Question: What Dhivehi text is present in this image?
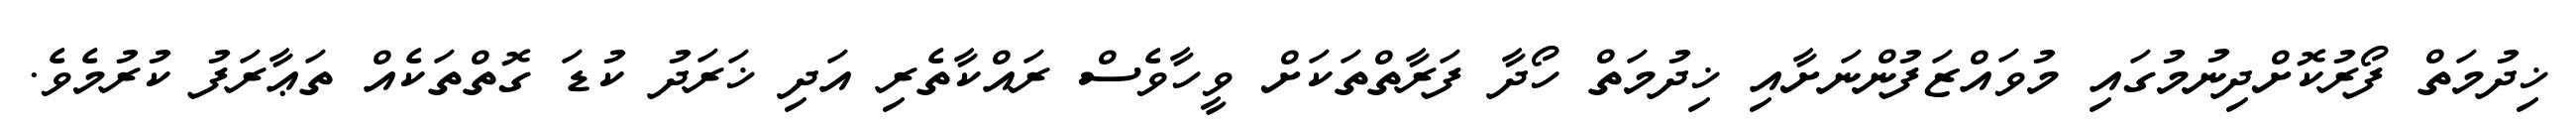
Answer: ޚިދުމަތް ފޯރުކޮށްދިނުމުގައި މުވައްޒަފުންނަށާއި ޚިދުމަތް ހޯދާ ފަރާތްތަކަށް ވީހާވެސް ރައްކާތެރި އަދި ޚަރަދު ކުޑަ ގޮތްތަކެއް ތަޢާރަފު ކުރުމެވެ.